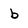
Character: b